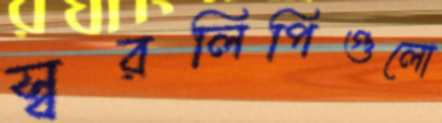
স্বরলিপিগুলো